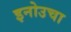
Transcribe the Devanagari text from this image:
इनोउचा